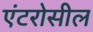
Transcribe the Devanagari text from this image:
एंटरोसील